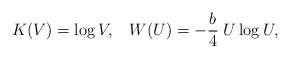
LaTeX: \begin{align*}K(V) = \log V, \;\;\; W(U) = - {b \over 4} \; U \log U ,\end{align*}